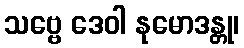
သဗ္ဗေ ဒေဝါ နုမောဒန္တု၊